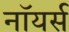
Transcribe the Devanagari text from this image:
नॉयर्स